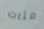
مئات